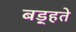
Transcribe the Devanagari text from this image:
बड़्हते